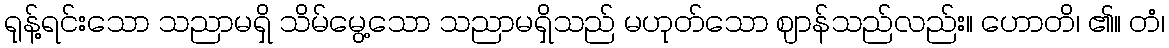
ရုန့်ရင်းသော သညာမရှိ သိမ်မွေ့သော သညာမရှိသည် မဟုတ်သော ဈာန်သည်လည်း။ ဟောတိ၊ ၏။ တံ၊